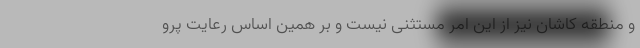
و منطقه کاشان نیز از این امر مستثنی نیست و بر همین اساس رعایت پرو